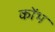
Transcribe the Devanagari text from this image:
कोंभ